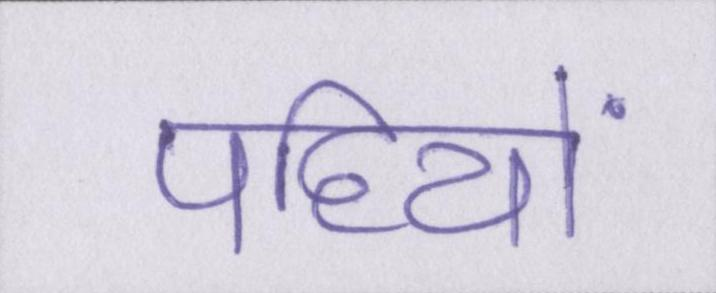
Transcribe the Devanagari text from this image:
पहियों